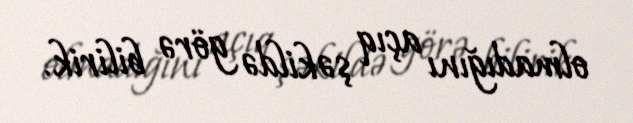
olmadığını açıq şəkildə görə bilirik.